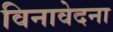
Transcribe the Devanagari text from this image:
विनावेदना